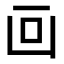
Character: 𠚃